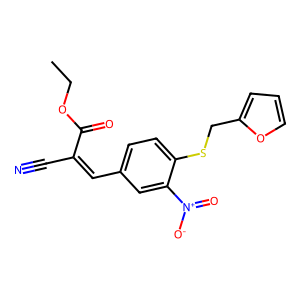
SMILES: CCOC(=O)C(C#N)=Cc1ccc(SCc2ccco2)c([N+](=O)[O-])c1
Inhibits HIV replication: No